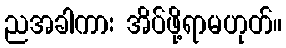
ညအခါကား အိပ်ဖို့ရာမဟုတ်။